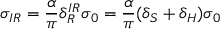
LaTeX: \sigma _ { I R } = \frac { \alpha } { \pi } \delta _ { R } ^ { I R } \sigma _ { 0 } = \frac { \alpha } { \pi } ( \delta _ { S } + \delta _ { H } ) \sigma _ { 0 }